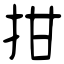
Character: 拑